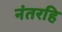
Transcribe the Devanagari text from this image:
नंतरहि